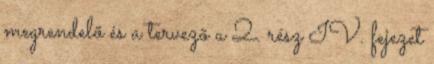
megrendelõ és a tervezõ a 2. rész IV. fejezet